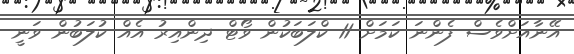
އޭނާއަށްވެސް ފެންނަ ކަމަށް 11 ކްލަބަކުން ވޯޓް ދިންއިރު އެއް ކުލަބުން ވަނީ